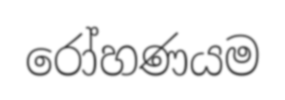
රෝහණයම